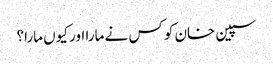
سپین خان کو کس نے مارا اور کیوں مارا؟